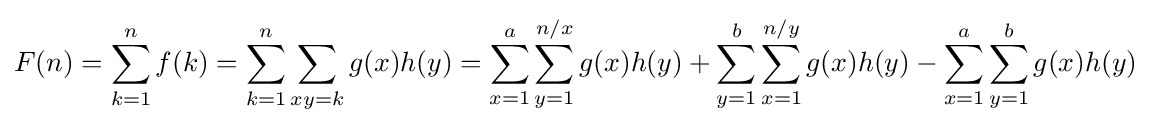
F(n)=\sum _{k=1}^{n}f(k)=\sum _{k=1}^{n}\sum _{xy=k}^{}g(x)h(y)=\sum _{x=1}^{a}\sum _{y=1}^{n/x}g(x)h(y)+\sum _{y=1}^{b}\sum _{x=1}^{n/y}g(x)h(y)-\sum _{x=1}^{a}\sum _{y=1}^{b}g(x)h(y)